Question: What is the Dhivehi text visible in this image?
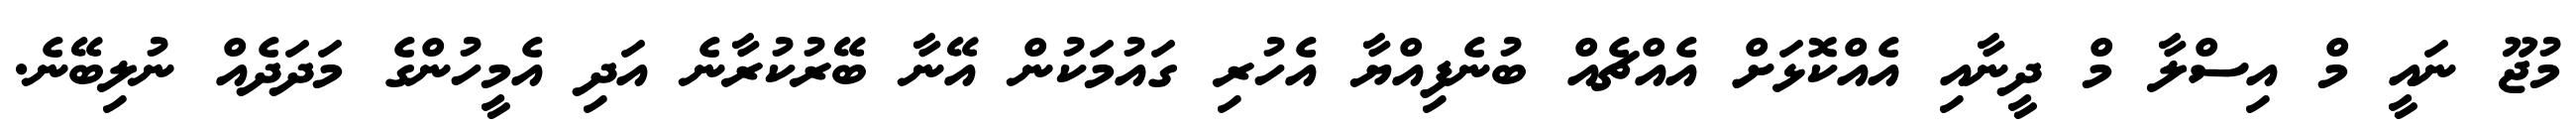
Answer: މުޖޫ ނައީ މް އިސްލާ މް ދީނާއި އެއްކޮޅަށް އެއްޗެއް ބުނެފިއްޔާ އެހުރި ގައުމަކުން އޭނާ ބޭރުކުރާނެ އަދި އެމީހުންގެ މަދަދެއް ނުލިބޭނެ.